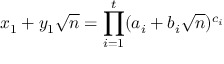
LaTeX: x _ { 1 } + y _ { 1 } { \sqrt { n } } = \prod _ { i = 1 } ^ { t } ( a _ { i } + b _ { i } { \sqrt { n } } ) ^ { c _ { i } }